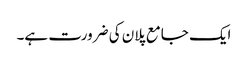
ایک جامع پلان کی ضرورت ہے۔